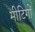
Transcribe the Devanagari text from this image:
मीटिगों